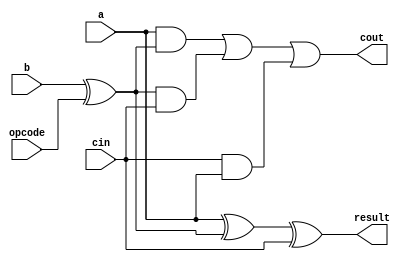
module one_bit_adder_subtractor(a,b,cin,opcode,result,cout);
    input a;
    input b;
    input cin;
    input opcode;

    output cout;
    output result;

    //Combinational Logic
    assign cout = ((a&&(b^opcode))||((b^opcode)&&cin)||(cin&&a));
    assign result = a^(b^opcode)^cin;
endmodule